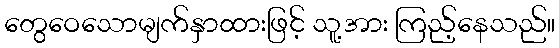
တွေဝေသောမျက်နှာထားဖြင့် သူ့အား ကြည့်နေသည်။